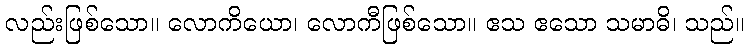
လည်းဖြစ်သော။ လောကိယော၊ လောကီဖြစ်သော။ ဧသ ဧသော သမာဓိ၊ သည်။